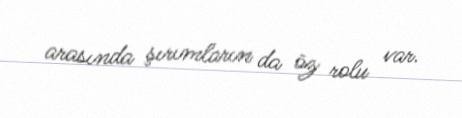
arasında şırımların da öz rolu var.